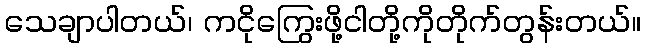
သေချာပါတယ်၊ ကငိုကြွေးဖို့ငါတို့ကိုတိုက်တွန်းတယ်။